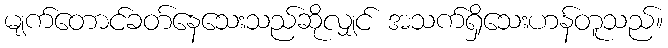
မျက်တောင်ခတ်နေသေးသည်ဆိုလျှင် အသက်ရှိသေးဟန်တူသည်။